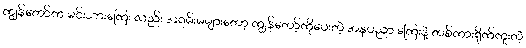
ကျွန်တော်က မင်းသားကြေး လည်း အရမ်းမများတော့ ကျွန်တော့်ကိုပေးတဲ့ အနုပညာ ကြေးနဲ့ တစ်ကားရိုက်ကူးတဲ့